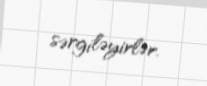
sərgiləyirlər.